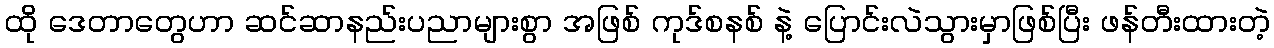
ထို ဒေတာတွေဟာ ဆင်ဆာနည်းပညာများစွာ အဖြစ် ကုဒ်စနစ် နဲ့ ပြောင်းလဲသွားမှာဖြစ်ပြီး ဖန်တီးထားတဲ့